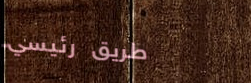
طريق رئيسي